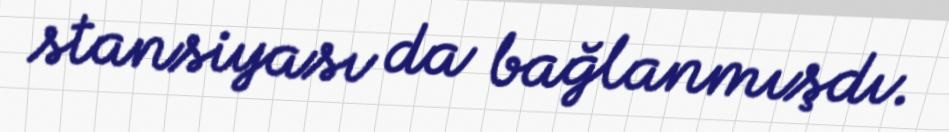
stansiyası da bağlanmışdı.